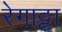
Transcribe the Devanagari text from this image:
रेगाट्टा